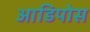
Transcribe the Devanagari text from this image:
आडिपोस